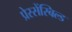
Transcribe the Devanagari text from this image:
प्रेस्सेंस्बिल्ड